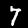
Digit: 7